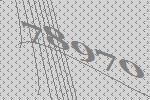
78970